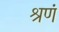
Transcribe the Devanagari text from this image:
श्रृणं